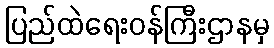
ပြည်ထဲရေးဝန်ကြီးဌာနမှ